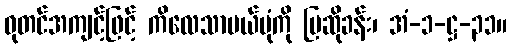
ဓုတင်အကျင့်ဖြင့် ကိလေသာပယ်ပုံကို ပြဆိုခန်း၊ အံ-၁-ဋ္ဌ-၃၁။